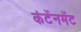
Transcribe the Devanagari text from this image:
कंटेंनमेंट